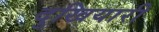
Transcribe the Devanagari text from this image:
दुखियारी